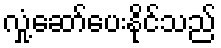
လှုံ့ဆော်ပေးနိုင်သည်